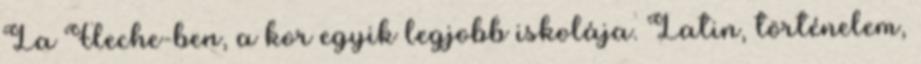
La Fleche-ben, a kor egyik legjobb iskolája. Latin, történelem,